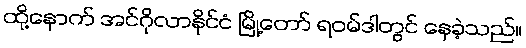
ထို့နောက် အင်ဂိုလာနိုင်ငံ မြို့တော် ရဝမ်ဒါတွင် နေခဲ့သည်။